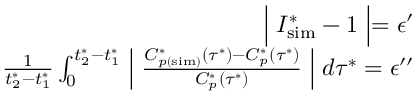
\begin{array} { r } { \Bigm \lvert I _ { \mathrm { s i m } } ^ { * } - 1 \Bigm \rvert = \epsilon ^ { \prime } } \\ { \frac { 1 } { t _ { 2 } ^ { * } - t _ { 1 } ^ { * } } \int _ { 0 } ^ { t _ { 2 } ^ { * } - t _ { 1 } ^ { * } } \Bigm \lvert \frac { C _ { p ( \mathrm { s i m } ) } ^ { * } \left( \tau ^ { * } \right) - C _ { p } ^ { * } \left( \tau ^ { * } \right) } { C _ { p } ^ { * } \left( \tau ^ { * } \right) } \Bigm \rvert d \tau ^ { * } = \epsilon ^ { \prime \prime } } \end{array}